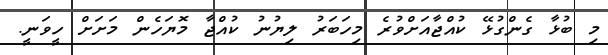
މި ބުޅާ ގެންގުޅޭ ކުއްޖާއަށްވުރެ މިހަބަރު ލިޔުނު ކުއްޖާ މޮޔަހެން މަށަށް ހީވަނީ.